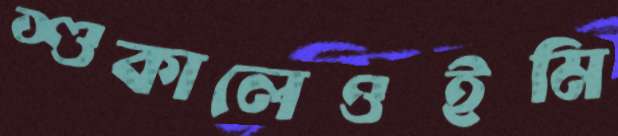
শুকালেওইমি